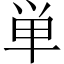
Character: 単